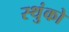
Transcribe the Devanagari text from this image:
स्थुंको